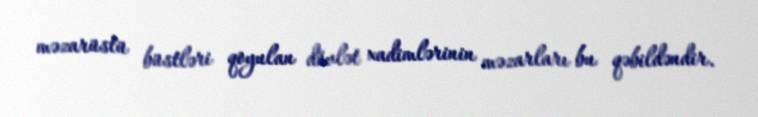
məzarüstü büstləri qoyulan dövlət xadimlərinin məzarları bu qəbildəndir.